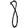
Digit: 8